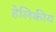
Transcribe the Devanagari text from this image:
हेलिकीय